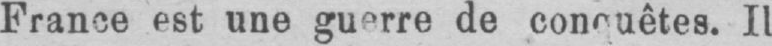
France est une guerre de conquêtes. Il